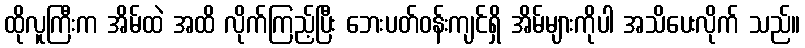
ထိုလူကြီးက အိမ်ထဲ အထိ လိုက်ကြည့်ပြီး ဘေးပတ်ဝန်းကျင်ရှိ အိမ်များကိုပါ အသိပေးလိုက် သည်။